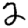
Digit: 2